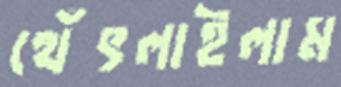
থেঁৎলাইলাম